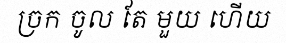
ច្រក ចូល តែ មួយ ហើយ